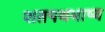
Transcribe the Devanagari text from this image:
शतपथभाष्य